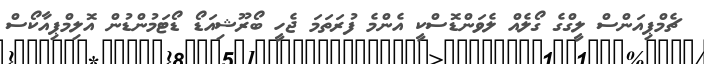
ޗެމްޕިއަންސް ލީގްގެ ގޯލެއް ލެވަންޑޮސްކީ އެންމެ ފުރަތަމަ ޖެހީ ބޯރޫޝިއަޑޯ ޑޯޓަމުންޑުން އޮލިމްޕިއާކޯސް